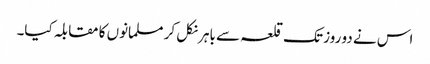
اس نے دو روز تک قلعہ سے باہر نکل کر مسلمانوں کا مقابلہ کیا۔